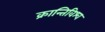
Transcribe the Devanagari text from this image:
क्रान्तिविश्व